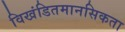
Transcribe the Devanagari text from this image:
विखंडितमानसिकता